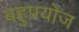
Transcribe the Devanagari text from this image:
बहुप्रयोज